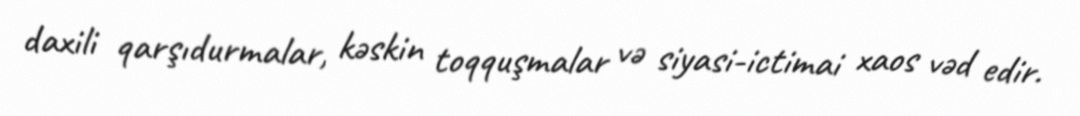
daxili qarşıdurmalar, kəskin toqquşmalar və siyasi-ictimai xaos vəd edir.